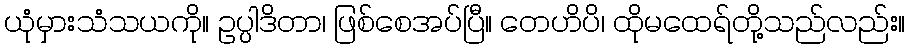
ယုံမှားသံသယကို။ ဥပ္ပါဒိတာ၊ ဖြစ်စေအပ်ပြီ။ တေဟိပိ၊ ထိုမထေရ်တို့သည်လည်း။